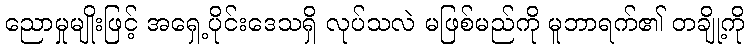
ညောမှုမျိုးဖြင့် အရှေ့ပိုင်းဒေသရှိ လုပ်သလဲ မဖြစ်မည်ကို မူဘာရက်၏ တချို့ကို